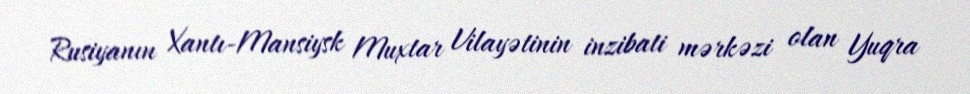
Rusiyanın Xantı-Mansiysk Muxtar Vilayətinin inzibati mərkəzi olan Yuqra